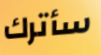
سأترك